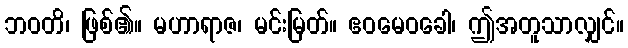
ဘဝတိ၊ ဖြစ်၏။ မဟာရာဇ၊ မင်းမြတ်။ ဧဝမေဝခေါ၊ ဤအတူသာလျှင်။